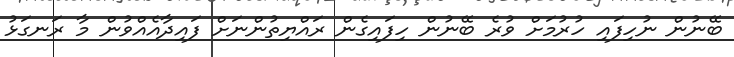
ބޭނުން ނުހިފައި ހުރުމަށް ވުރެ ބޭނުން ހިފައިގެން ރައްޔިތުންނަށް ފައިދާއެއްވުން މާ ރަނގަޅު